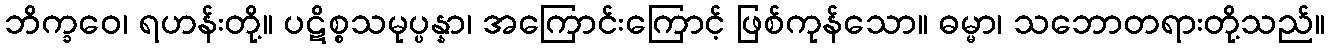
ဘိက္ခဝေ၊ ရဟန်းတို့။ ပဋိစ္စသမုပ္ပန္နာ၊ အကြောင်းကြောင့် ဖြစ်ကုန်သော။ ဓမ္မာ၊ သဘောတရားတို့သည်။